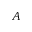
A